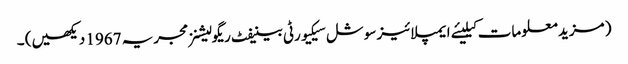
( مزید معلومات کیلیئے ایمپلائیز سوشل سیکیورٹی بینیفٹ ریگولیشنز مجریہ 1967 دیکھیں) ۔